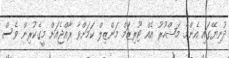
ދުނިޔޭގައި އެންމެ މަޝްހޫރު އެއް ޓޫރިޒަމް މަންޒިލް ކަމަށްވާ ރާއްޖެއަށް މީގެކުރިން ވެސް